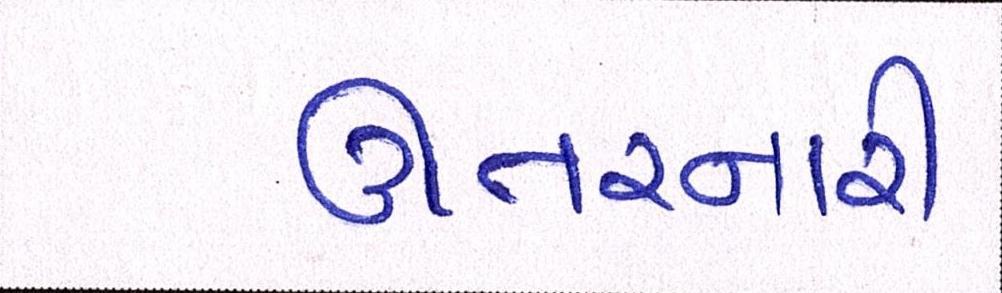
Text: ઊતરનારી